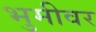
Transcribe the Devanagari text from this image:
भुमीवर